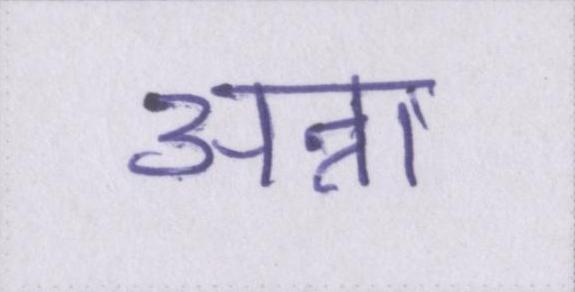
अन्ना